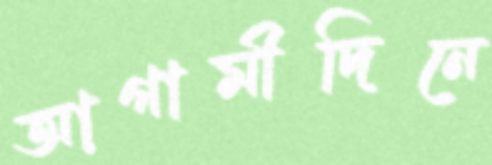
আগামীদিনে